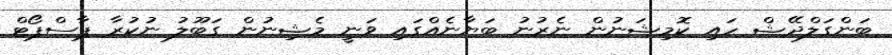
ބަންގަލްދޭޝް ހައި ކޮމިޝަނުން ނެރުނު ބަޔާނެއްގައި ވަނީ މެޝިނުން ގަބޫލު ނުކުރާ ޕާސްޕޯޓް